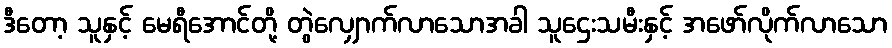
ဒီတော့ သူနှင့် မေရီအောင်တို့ တွဲလျှောက်လာသောအခါ သူဌေးသမီးနှင့် အဖော်လိုက်လာသော